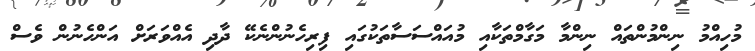
މުހިއްމު ނިންމުންތައް ނިންމާ މަގާމްތަކާއި މުއައްސަސާތަކުގައި ފިރިހެނުންނެކޭ ދާދި އެއްވަރަށް އަންހެނުން ވެސް